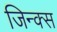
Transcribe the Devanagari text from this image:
जिन्क्स